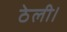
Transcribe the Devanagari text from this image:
ठेली।